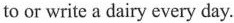
to or write a dairy every day.